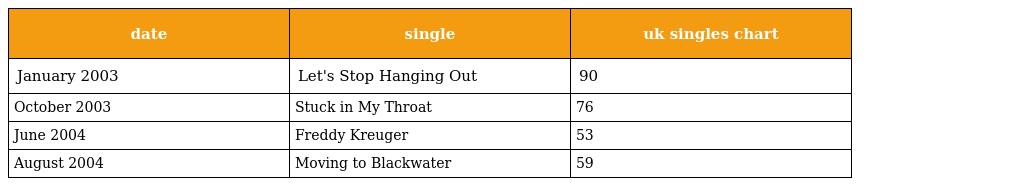
| date | single | uk singles chart |
 | --- | --- | --- |
 | January 2003 | Let's Stop Hanging Out | 90 |
 | October 2003 | Stuck in My Throat | 76 |
 | June 2004 | Freddy Kreuger | 53 |
 | August 2004 | Moving to Blackwater | 59 |